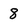
Character: 8